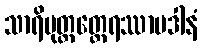
သာရိပုတ္တတ္ထေရဿာပဒါနံ